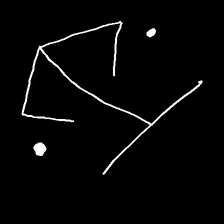
Glyph: earth